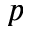
p